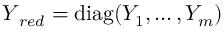
\boldsymbol { Y } _ { r e d } = \operatorname { d i a g } ( Y _ { 1 } , \dots , Y _ { m } )